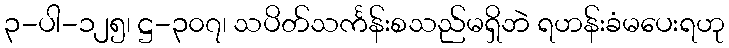
၃-ပါ-၁၂၅၊ ဋ္ဌ-၃၀၇၊ သပိတ်သင်္ကန်းစသည်မရှိဘဲ ရဟန်းခံမပေးရဟု